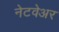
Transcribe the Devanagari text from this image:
नेटवेअर